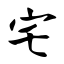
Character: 宅